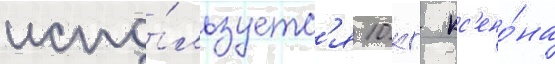
испо́льзуетс'я 10 кг кс'ено́на